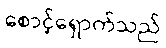
စောင့်ရှောက်သည်